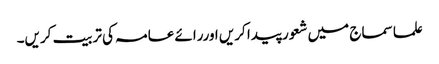
علما سماج میں شعور پیدا کریں اوررائے عامہ کی تربیت کریں۔